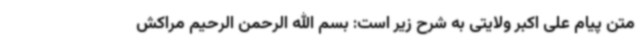
متن پیام علی اکبر ولایتی به شرح زیر است: بسم الله الرحمن الرحیم مراکش